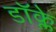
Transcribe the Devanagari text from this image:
डॉक्ले